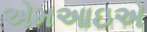
એમઆઇએ